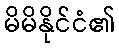
မိမိနိုင်ငံ၏